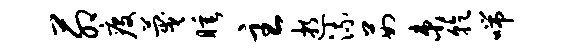
茆疫蔑睡主逝流茹束乾喘